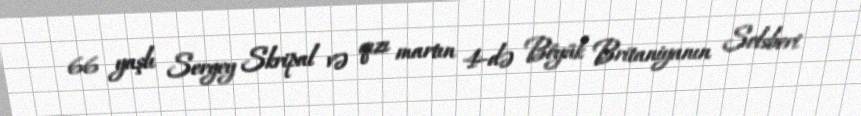
66 yaşlı Sergey Skripal və qızı martın 4-də Böyük Britaniyanın Solsberi